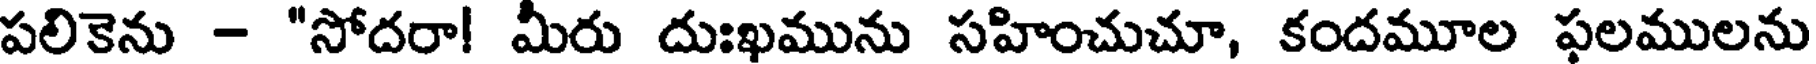
పలికెను - "సోదరా! మీరు దుఃఖమును సహించుచూ, కందమూల ఫలములను